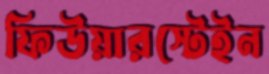
ফিউয়ারস্টেইন